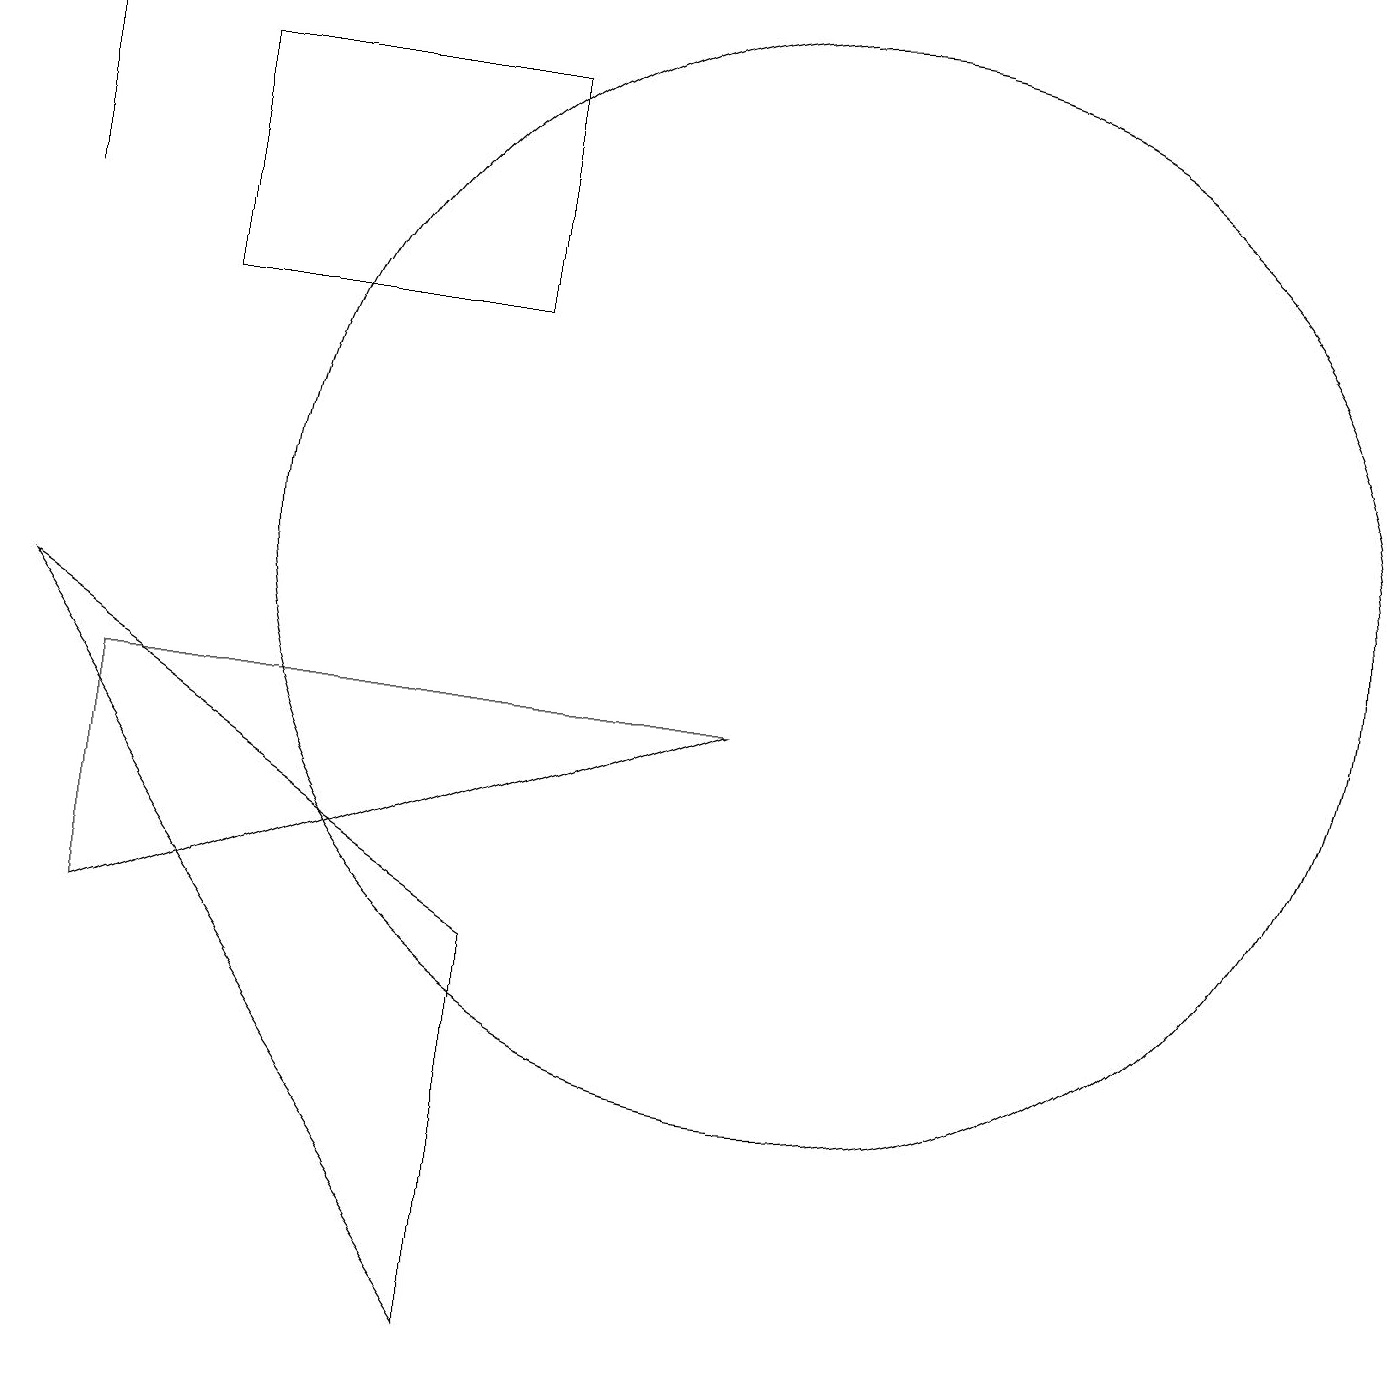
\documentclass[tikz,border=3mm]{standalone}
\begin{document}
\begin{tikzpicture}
\draw (1,5) -- (9,8) -- (1,8) -- cycle;
\draw (2,16) rectangle (6,13);
\draw (6,0) -- (6,5) -- (0,9) -- cycle;
\draw (0,14) rectangle (0,17);
\draw (10,10) circle (7);
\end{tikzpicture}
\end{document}